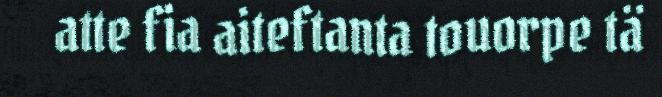
atte fia aiteftanta touorpe tä